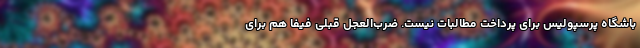
باشگاه پرسپولیس برای پرداخت مطالبات نیست. ضرب‌العجل قبلی فیفا هم برای